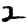
Digit: 2